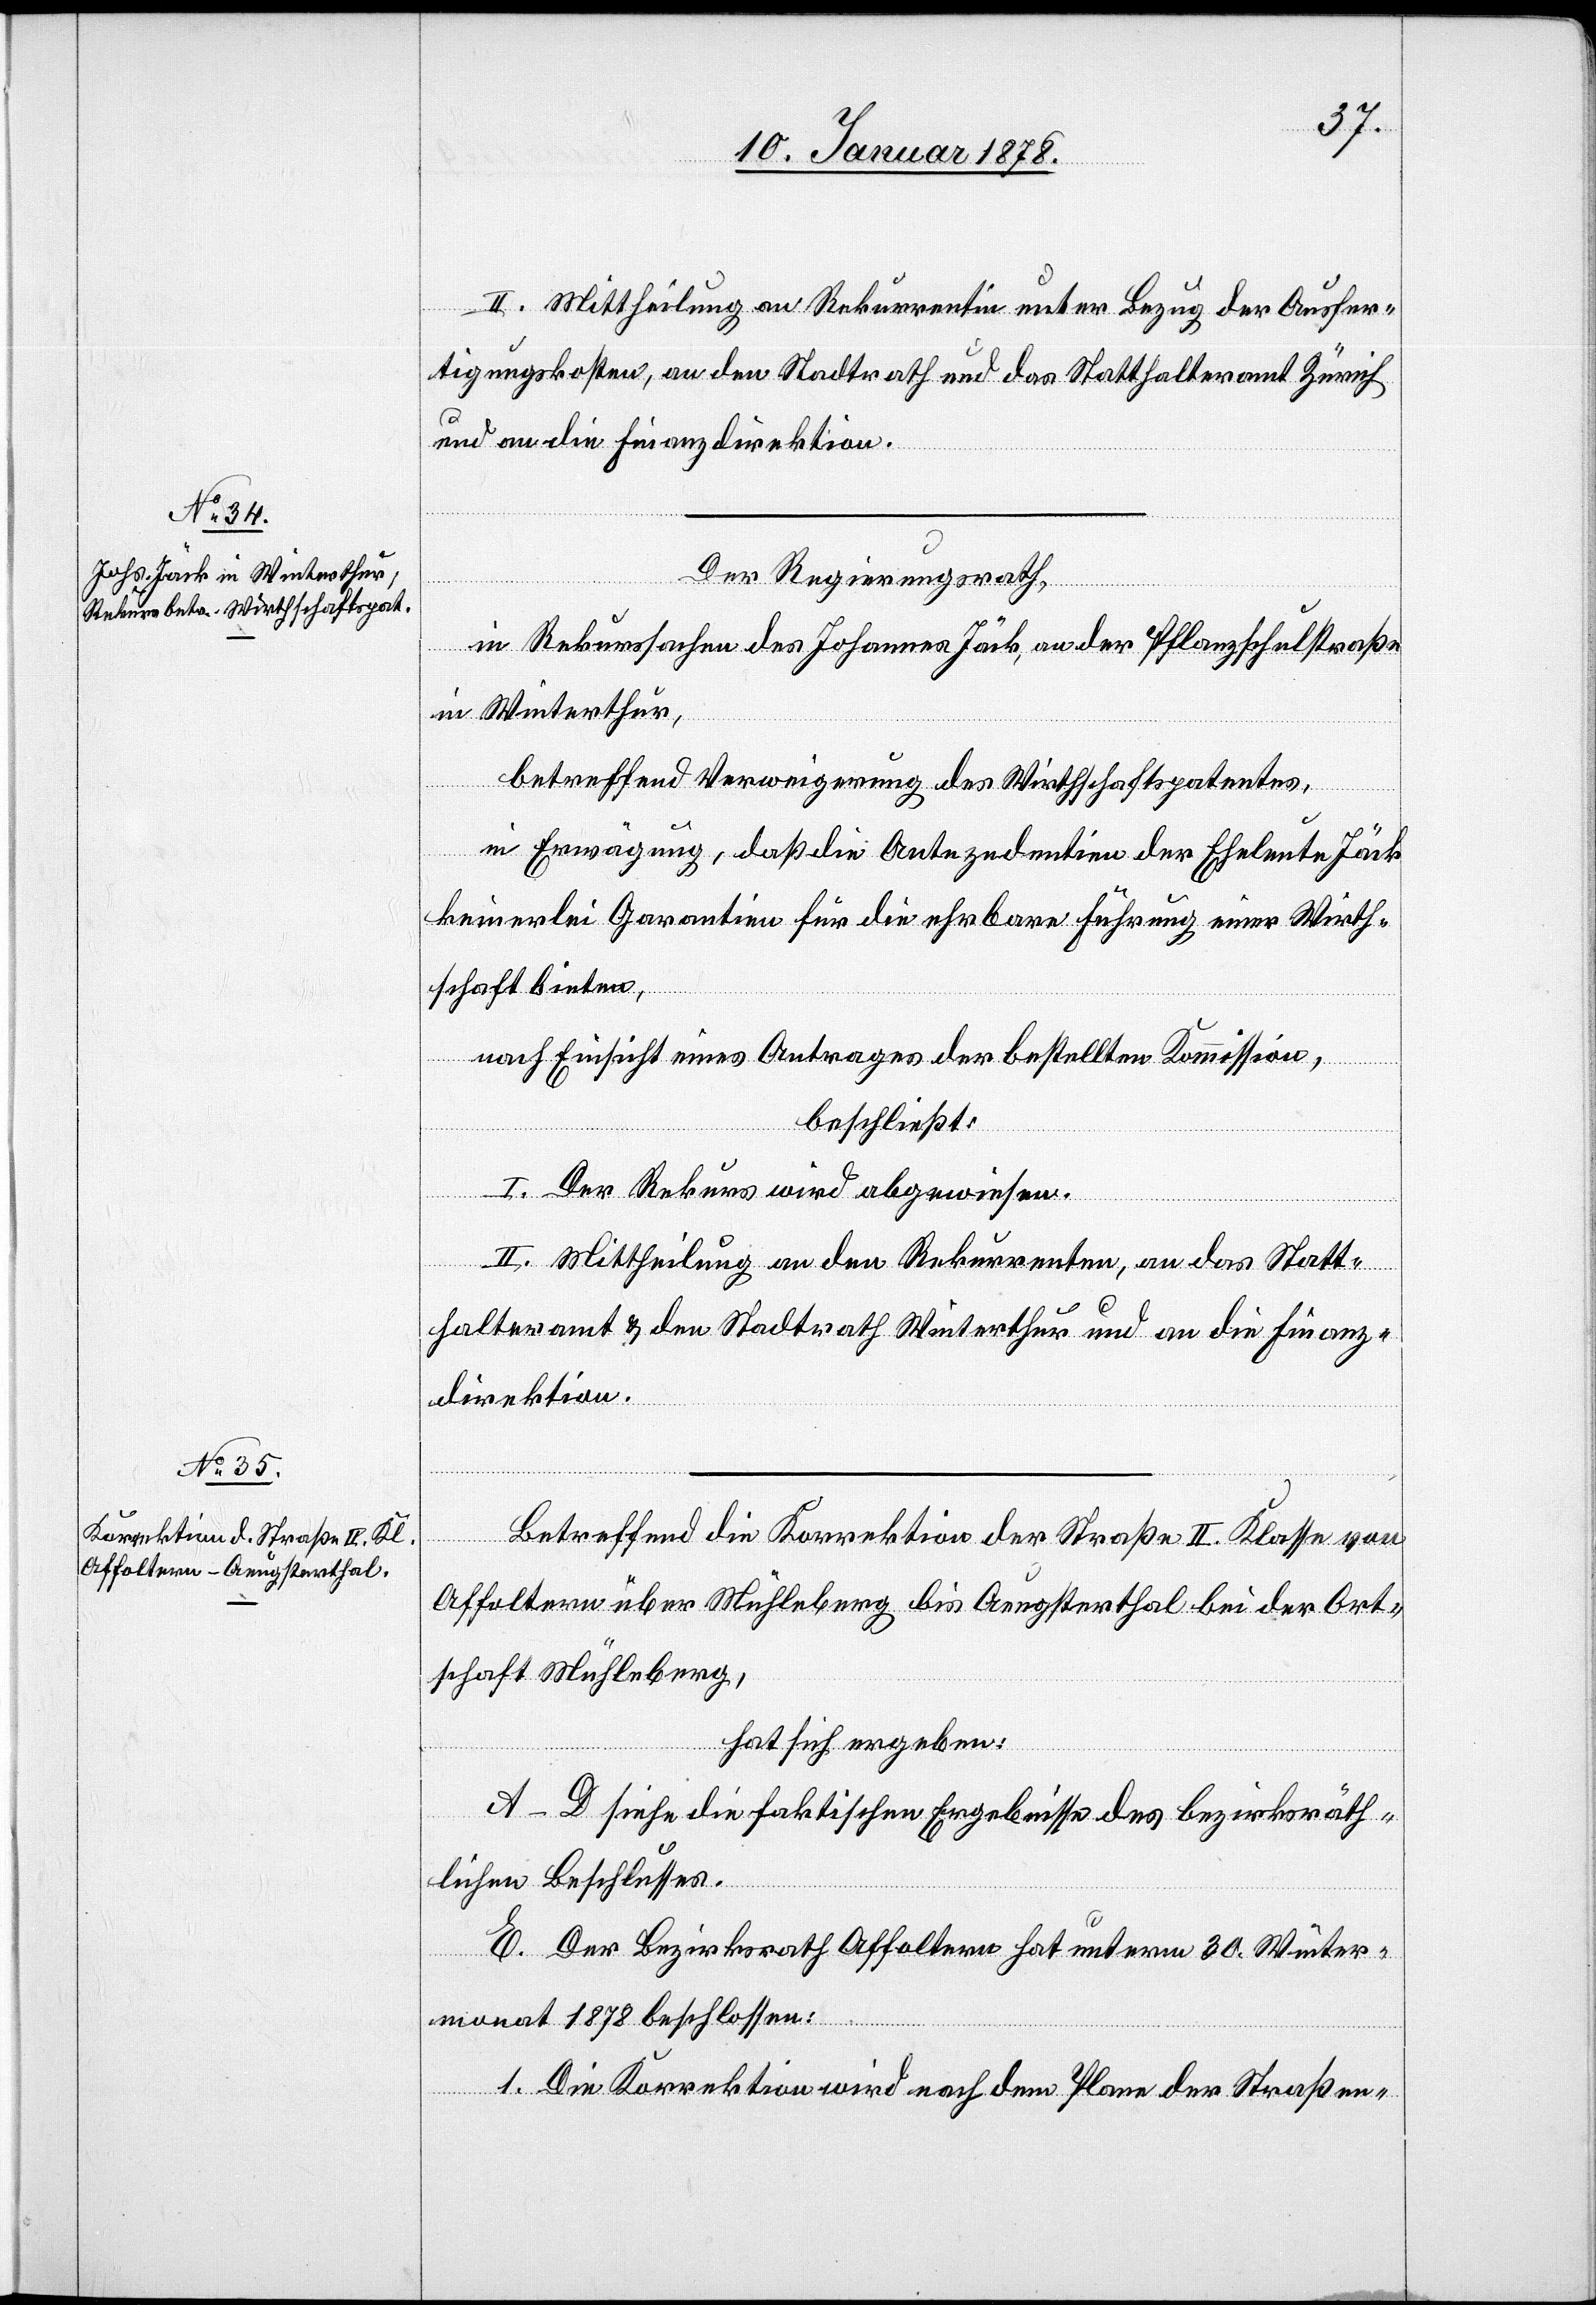
II. Mittheilung an Rekurrentin unter Bezug der Ausfer¬
tigungskosten, an den Stadtrath und das Statthalteramt Zürich
und an die Finanzdirektion.
Der Regierungsrath,
in Rekurssachen des Johannes Jäck, an der Pflanzschulstraße
in Winterthur,
betreffend Verweigerung des Wirthschaftspatentes,
in Erwägung, daß die Antezedentien der Eheleute Jäck
keinerlei Garantien für die ehrbare Führung einer Wirth¬
schaft bieten,
nach Einsicht eines Antrages der bestellten Kommission,
beschließt:
I. Der Rekurs wird abgewiesen.
II. Mittheilung an den Rekurrenten, an das Statt¬
halteramt & den Stadtrath Winterthur und an die Finanz¬
direktion.
Betreffend die Korrektion der Straße II. Klasse von
Affoltern über Mühleberg bis Aeugsterthal bei der Ort¬
schaft Mühleberg,
hat sich ergeben:
A–D siehe die faktischen Ergebnisse des bezirksräth¬
lichen Beschlusses.
E. Der Bezirksrath Affoltern hat unterm 30. Winter¬
monat 1878 beschlossen:
1. Die Korrektion wird nach dem Plane der Straßen-